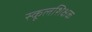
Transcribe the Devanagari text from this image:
स्कूलशिक्षक